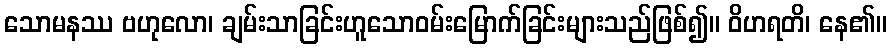
သောမနဿ ဗဟုလော၊ ချမ်းသာခြင်းဟူသောဝမ်းမြောက်ခြင်းများသည်ဖြစ်၍။ ဝိဟရတိ၊ နေ၏။